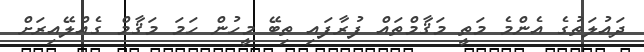
ދައުލަތުގެ އެންމެ މަތީ މަޤާމްތައް ފުރާފައި ތިބޭ މީހުން ހަމަ މަޤާމް ގެއްލޭއިރަށް